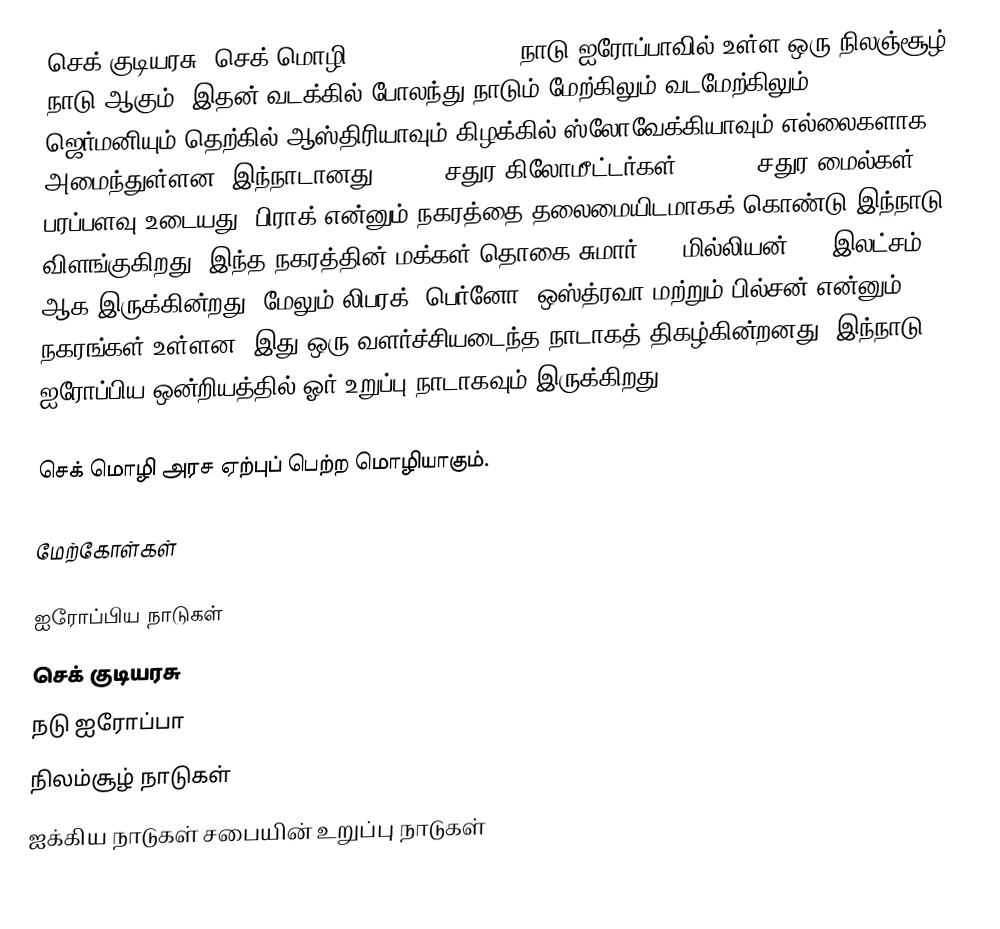
செக் குடியரசு  (செக் மொழி: Česká republika) நாடு ஐரோப்பாவில் உள்ள ஒரு நிலஞ்சூழ் நாடு ஆகும். இதன் வடக்கில் போலந்து நாடும் மேற்கிலும் வடமேற்கிலும் ஜெர்மனியும் தெற்கில் ஆஸ்திரியாவும் கிழக்கில் ஸ்லோவேக்கியாவும் எல்லைகளாக அமைந்துள்ளன. இந்நாடானது 78,866 சதுர கிலோமீட்டர்கள் (30,450 சதுர மைல்கள்) பரப்பளவு உடையது.  பிராக் என்னும் நகரத்தை தலைமையிடமாகக் கொண்டு இந்நாடு விளங்குகிறது.  இந்த நகரத்தின் மக்கள் தொகை சுமார் 1.3 மில்லியன் (13 இலட்சம்) ஆக இருக்கின்றது.  மேலும் லிபரக், பெர்னோ, ஒஸ்த்ரவா மற்றும் பில்சன் என்னும் நகரங்கள் உள்ளன.  இது ஒரு வளர்ச்சியடைந்த நாடாகத் திகழ்கின்றனது. இந்நாடு ஐரோப்பிய ஒன்றியத்தில் ஓர் உறுப்பு நாடாகவும் இருக்கிறது.

செக் மொழி அரச ஏற்புப் பெற்ற மொழியாகும்.

மேற்கோள்கள்

ஐரோப்பிய நாடுகள்
செக் குடியரசு
நடு ஐரோப்பா
நிலம்சூழ் நாடுகள்
ஐக்கிய நாடுகள் சபையின் உறுப்பு நாடுகள்